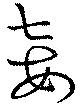
妾